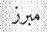
مبرز